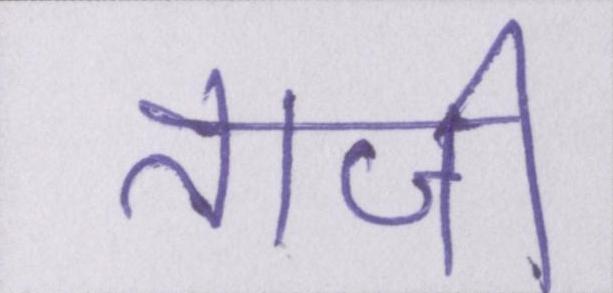
ताजी